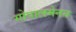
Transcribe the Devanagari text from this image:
गोपालमेनन